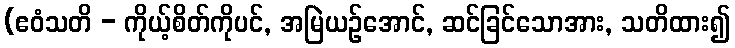
(ဧဝံသတိ - ကိုယ့်စိတ်ကိုပင်, အမြဲယဉ်အောင်, ဆင်ခြင်သောအား, သတိထား၍